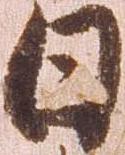
日